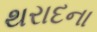
થરાદના